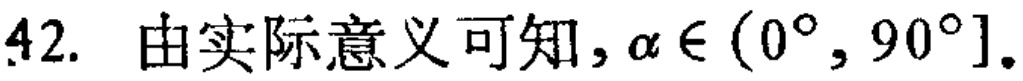
42. 由实际意义可知，\(\alpha \in (0^{\circ}, 90^{\circ}]\)。